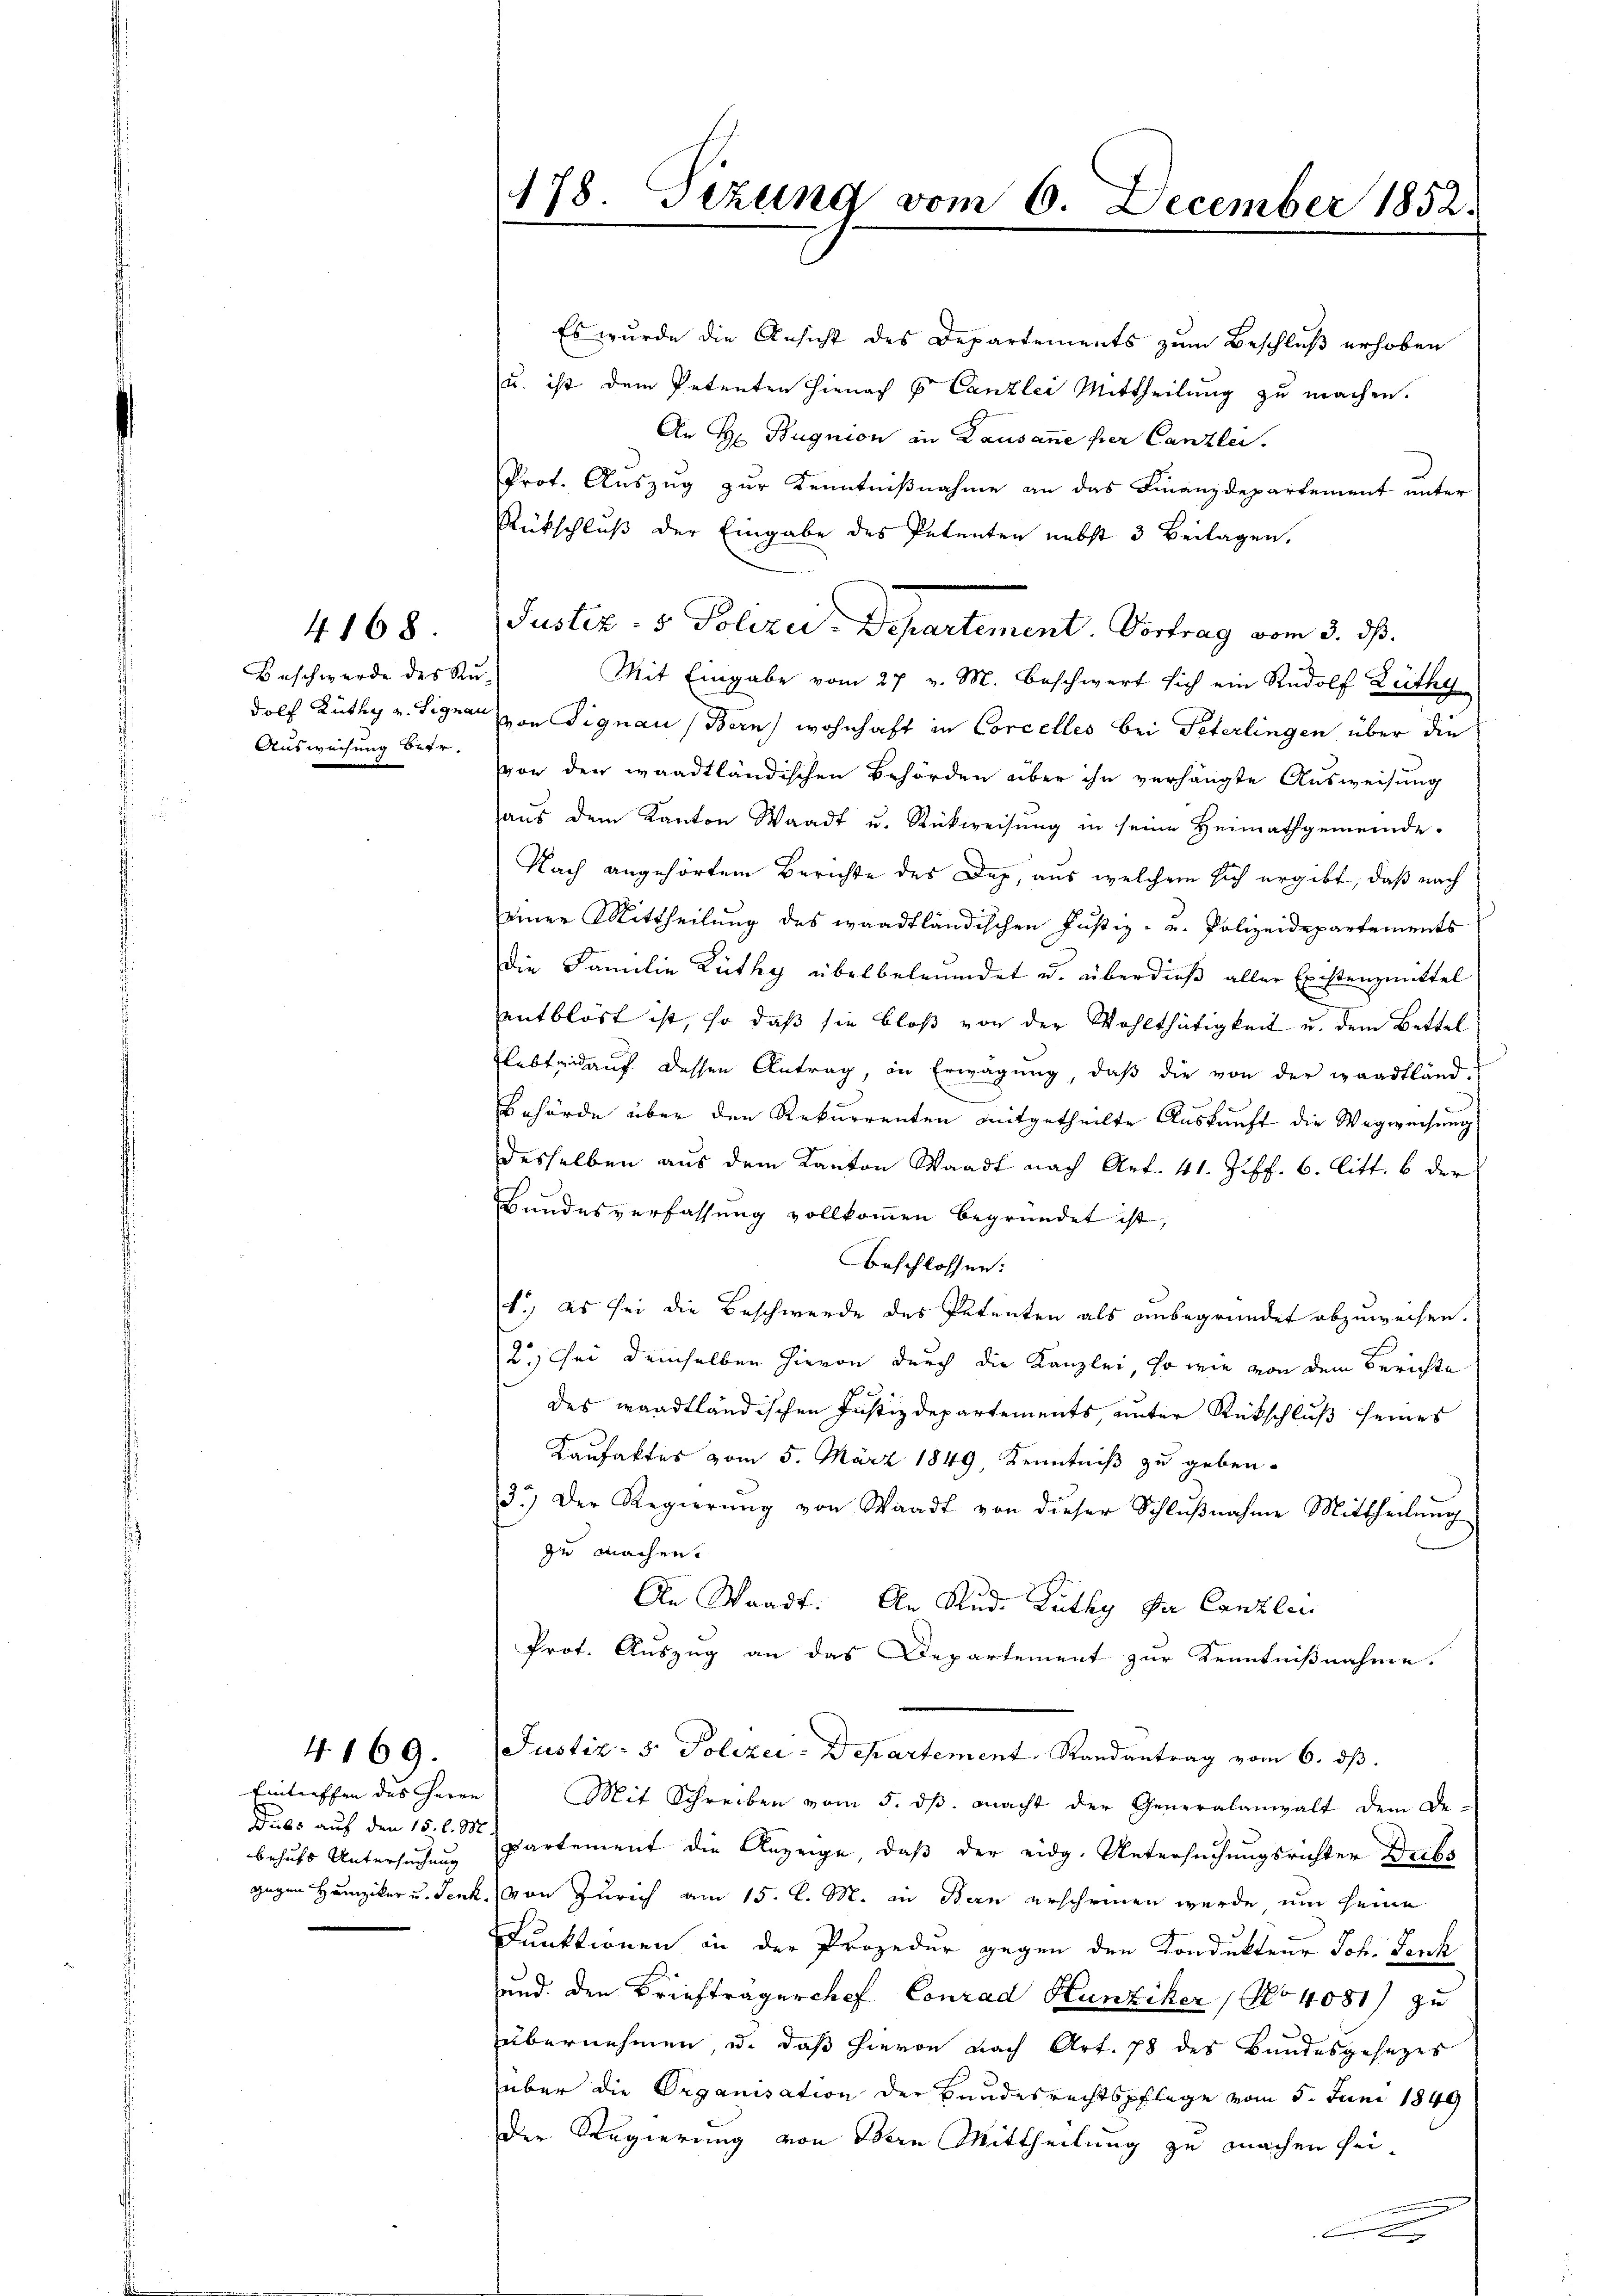
4168

Beschwerde des Ru¬
Ausweisung betr.

Eintreffen des Herrn
Dubs auf den 15. d. M.
behufs Untersuchung
gegen Hunziker u. Senk

4. 169.

178. Sizung vom 6. December 1852.

Justiz- & Polizei-Departement. Vortrag vom 3. dß.

Es wurde die Ansicht des Departements zum Beschluß erhoben
u. ist dem Petenten hienach 3 Canzlei Mittheilung zu machen.
An H Bugnion in Lausanne per Canzlei.
Prot. Aŭszŭg zŭr Kenntniβnahme an das Finanzdepartement unter
Rückschluß der Eingabe des Petenten nebst 3 Beilagen.
Mit Eingabe vom 27. v. M. beschwert sich ein Rudolf Lüthy
dolf Lüthy v. Signar von Signau, Bern wohnhaft in Corcelles bei Peterlingen über die
von den waadtländischen Behörden über ihn verhängte Ausweisung
aŭs dem Kanton Waadt u. Rückweisŭng in seine Heimathgemeinde.
Nach angehörtem Berichte des Dez. aus welchem sich ergibt, daß nach
einer Mittheilung des waadtländischen Justiz- u. Polizeidepartements
die Familie Lüthy überbeleumdet u. überdieß aller Existenzmittel
entblöst ist, so daß sie bloß von der Wohlthätigkeit u. dem Bettel
Lebtaidaŭf dessen Antrag, in Erwägŭng, daβ die von der waadtländ.
Behörde über den Rekurrenten mitgetheilte Auskunft die Wegweisung
desselben aus dem Kanton Waadt nach Art. 41. Ziff. 6. litt. b der
Bundesverfassung vollkommen begründet ist,
Beschlossen:
1.) es sei die Beschwerde des Petenten als anbegründet abzuweisen.
2.) Sei demselben hievon durch die Kanzlei, so wie von dem Berichte
des waadtländischen Justizdepartements, unter Rückschluß seines
Kaufaktes vom 5. März 1849, Kenntniß zu geben.
3.) Der Regierŭng von Waadt von dieser Schlŭβnahme Mittheilŭng
zu machen.
An Waadt. An Rud. Lüthy Dn Canzlin
Prot. Auszug an das Departement zur Kenntnißnahme
Justiz- & Polizei-Departement Randantrag vom 6. dβ.
Mit Schreiben vom 5. ds. macht der Generalanwalt dem De-
partement die Anzeige, daß der eidg. Untersuchungsrichter Dubs
von Zürich am 15. d. M. in Bern erscheinen wurde um seine
Funktionen in der Prozedur gegen den Kondukteur Joh. Fenk
und den Briefträgerchef Conrad Hunziker, No 4081) zu
übernehmen, u. daß hievon nach Art. 78 des Bundesgesetzes
über die Organisation der Bundesrechtspflege vom 5. Juni 1849
Der Regierung von Obern Mittheilung zu machen sei¬
A